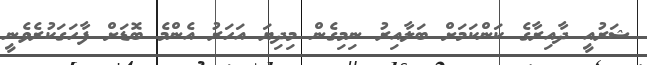
ޝަރުއީ ދާއިރާގެ ކަންކަމަށް ބަލާއިރު ނިމިގެން މިދިޔަ އަހަރު އެންމެ ބޮޑަށް ފާހަގަކުރެވެނީ